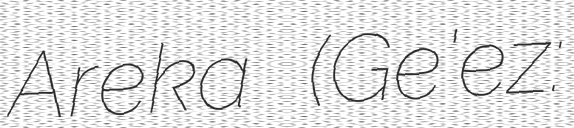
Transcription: Areka (Ge'ez: